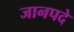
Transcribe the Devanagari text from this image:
जानपदे